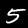
Digit: 5